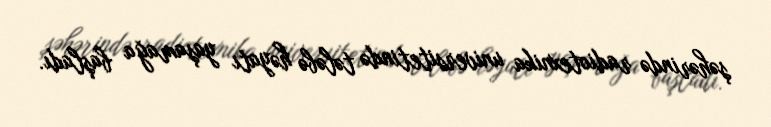
şəhərində radiotexnika universitetində tələbə həyatı yaşamağa başladı.